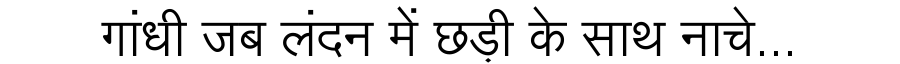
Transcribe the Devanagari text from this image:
गांधी जब लंदन में छड़ी के साथ नाचे...